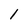
Character: 1